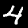
Label: 4